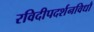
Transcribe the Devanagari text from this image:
रविदीपदर्शनविधौ